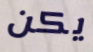
يكن